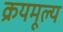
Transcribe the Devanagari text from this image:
क्रयमूल्य